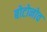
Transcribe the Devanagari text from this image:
बोटोनोव